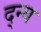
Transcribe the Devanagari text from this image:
द्न्य